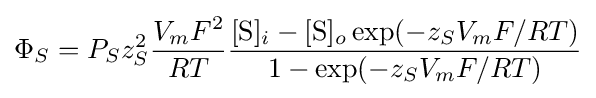
\Phi _{S}=P_{S}z_{S}^{2}{\frac {V_{m}F^{2}}{RT}}{\frac {[{\mbox{S}}]_{i}-[{\mbox{S}}]_{o}\exp(-z_{S}V_{m}F/RT)}{1-\exp(-z_{S}V_{m}F/RT)}}